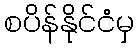
စပိန်နိုင်ငံမှ